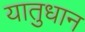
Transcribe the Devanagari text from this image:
यातुधान